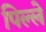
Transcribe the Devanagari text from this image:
पिल्‍ले